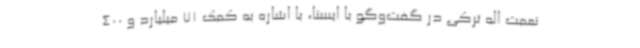
نعمت اله ترکی در گفت‌وگو با ایسنا، با اشاره به کمک 71 میلیارد و 400